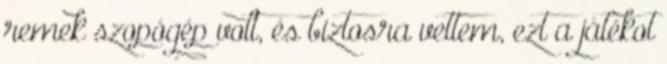
remek szopógép volt, és biztosra vettem, ezt a játékot